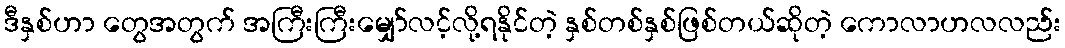
ဒီနှစ်ဟာ တွေအတွက် အကြီးကြီးမျှော်လင့်လို့ရနိုင်တဲ့ နှစ်တစ်နှစ်ဖြစ်တယ်ဆိုတဲ့ ကောလာဟလလည်း